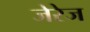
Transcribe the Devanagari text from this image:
जेरेज